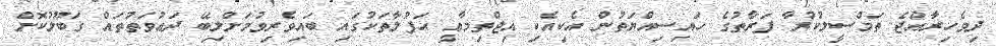
ދިވެހިރާއްޖެ ތަމްސީލުކުރާ ފަރާތުގެ ހައިސިއްޔަތުން އެކިއެކި އިޖްތިމާޢީ ޙަފުލާތަކުގައި ބައިވެރިވުމަށްލިބޭ ދަޢުވަތުތައް ގަބޫލުކޮށް